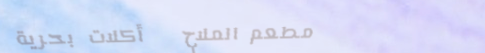
مطعم الملاح   أكلات بحرية